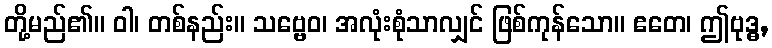
တို့မည်၏။ ဝါ၊ တစ်နည်း။ သဗ္ဗေဝ၊ အလုံးစုံသာလျှင် ဖြစ်ကုန်သော။ ဧတေ၊ ဤဗုဒ္ဓ,